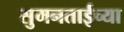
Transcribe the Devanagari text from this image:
सुमनताईच्या